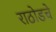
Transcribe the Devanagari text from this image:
राठोडचे